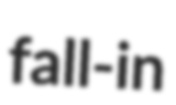
fall-in